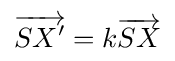
{\overrightarrow {SX'}}=k{\overrightarrow {SX}}